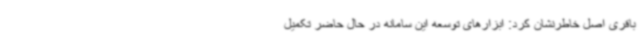
باقری اصل خاطرنشان کرد: ابزارهای توسعه این سامانه در حال حاضر تکمیل